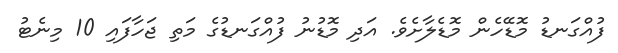
ފުއްގަނޑު މޮޑޭހެން މޮޑެލާށެވެ. އަދި މޮޑުނު ފުއްގަނޑުގެ މަތި ޖަހާފައި 10 މިނެޓު